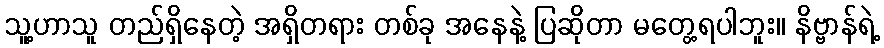
သူ့ဟာသူ တည်ရှိနေတဲ့ အရှိတရား တစ်ခု အနေနဲ့ ပြဆိုတာ မတွေ့ရပါဘူး။ နိဗ္ဗာန်ရဲ့